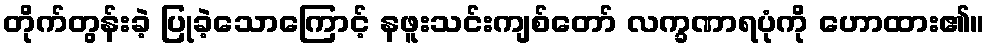
တိုက်တွန်းခဲ့ ပြုခဲ့သောကြောင့် နဖူးသင်းကျစ်တော် လက္ခဏာရပုံကို ဟောထား၏။